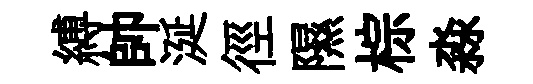
縛帥涎徑隰棕淼